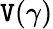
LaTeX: \mathtt{V}(\gamma)